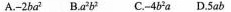
A.-2ba^2 B.ba^2b^2 C.-4b^2a D.5ab